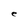
Character: e